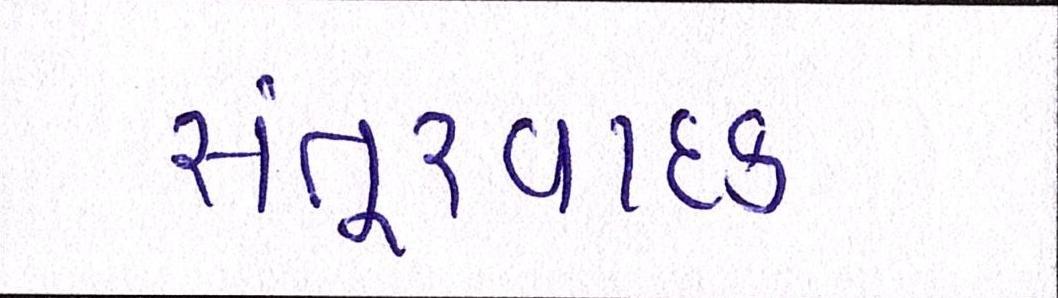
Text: સંતૂરવાદક